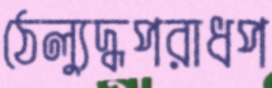
ঠেল্যুদ্ধপরাধপ